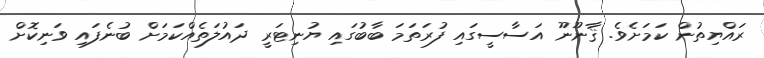
ރައްޔިތުން ކަމަށެވެ. ޤާނޫނޫ އަސާސީގައި ފުރަތަމަ ބާބުގައި ޔުނިޓަރީ ދައުލަތެއްކަމަށް ބުނެފައި ވަނިކޮށް